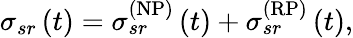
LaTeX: \sigma_{sr}\left(t\right)=\sigma_{sr}^{\left(\mathrm{NP}\right)}\left(t\right)+\sigma_{sr}^{\left(\mathrm{RP}\right)}\left(t\right),